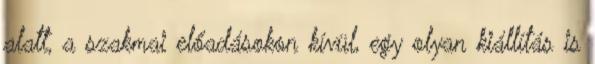
alatt, a szakmai előadásokon kívül, egy olyan kiállítás is